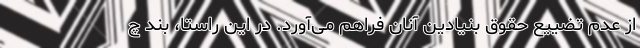
از عدم تضییع حقوق بنیادین آنان فراهم می‌آورد. در این راستا، بند چ